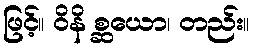
ဖြင့်။ ဝိနိ စ္ဆယော၊ တည်း။